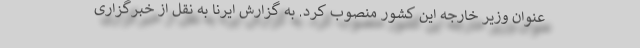
عنوان وزیر خارجه این کشور منصوب کرد. به گزارش ایرنا به نقل از خبرگزاری